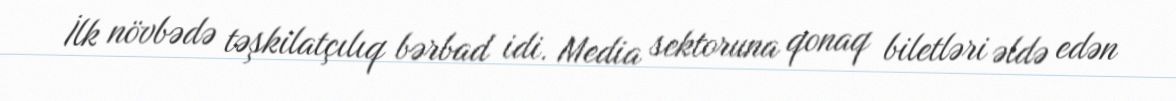
İlk növbədə təşkilatçılıq bərbad idi. Media sektoruna qonaq biletləri əldə edən